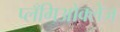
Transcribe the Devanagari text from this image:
प्लँगिओक्लेज